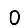
Digit: 0